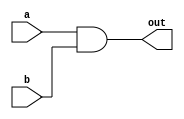
module top_module (
    input  wire a, b,
    output wire out);

    and g1 (out, a, b);

    // assign out = a & b;

endmodule